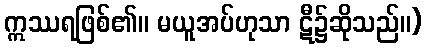
ဣဿရဖြစ်၏။ မယူအပ်ဟုသာ ဋီ၌ဆိုသည်။)